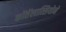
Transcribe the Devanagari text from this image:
कोंतेंलात्सियोने